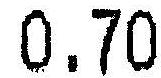
0.70